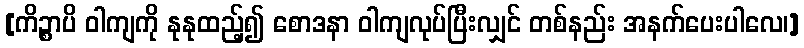
[ကိဉ္စာပိ ဝါကျကို နုနုထည့်၍ စောဒနာ ဝါကျလုပ်ပြီးလျှင် တစ်နည်း အနက်ပေးပါလေ၊]